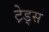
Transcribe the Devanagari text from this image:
टे़ड्स